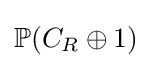
\mathbb {P} (C_{R}\oplus 1)